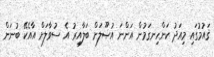
ޤައުމުގައި މިއަދު ކަންހިނގަމުން އަންނަ އުޞޫލަށް ބަލާއިރު އެ ސުވާލަށް އާއެކޭ ބުނަން